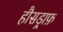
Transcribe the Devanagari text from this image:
हौसड्राफ़